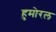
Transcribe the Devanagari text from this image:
हुमोरल